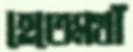
হেতেমখাঁ